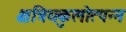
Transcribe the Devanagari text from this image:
क्षत्रियकुलोत्पन्न